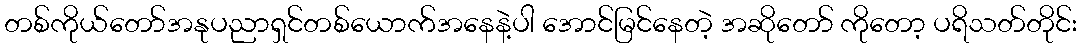
တစ်ကိုယ်တော်အနုပညာရှင်တစ်ယောက်အနေနဲ့ပါ အောင်မြင်နေတဲ့ အဆိုတော် ကိုတော့ ပရိသတ်တိုင်း